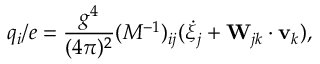
q _ { i } / e = \frac { g ^ { 4 } } { ( 4 \pi ) ^ { 2 } } ( M ^ { - 1 } ) _ { i j } ( \dot { \xi } _ { j } + { \bf W } _ { j k } \cdot { \bf v } _ { k } ) ,